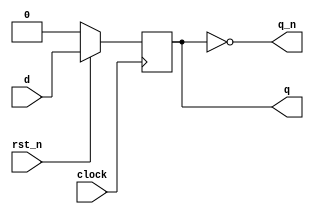
module dff (
  input clock, rst_n,
  input d,
  output reg q,
  output q_n
);

  always @( posedge clock )
    if( !rst_n )
      q <= 0;
    else
      q <= d;

  assign q_n = ~q;

endmodule

module lab8_seq_1101 (
  input clock, rst_n,
  input d_in,
  output found
);

  wire [3:0] q, q_n;

  dff d0 ( .rst_n( rst_n ), .clock( clock ), .d( d_in ), .q( q[0] ), .q_n( q_n[0] ) );
  dff d1 ( .rst_n( rst_n ), .clock( clock ), .d( q[0] ), .q( q[1] ), .q_n( q_n[1] ) );
  dff d2 ( .rst_n( rst_n ), .clock( clock ), .d( q[1] ), .q( q[2] ), .q_n( q_n[2] ) );
  dff d3 ( .rst_n( rst_n ), .clock( clock ), .d( q[2] ), .q( q[3] ), .q_n( q_n[3] ) );

  assign found = q[3] & q[2] & q_n[1] & q[0];

endmodule

module lab8_seq_101 (
  input clock, rst_n,
  input d_in,
  output found
);

  wire [1:0] q, q_n;
  wire [1:0] mux_in;

  // mux for the input to the regs
  assign mux_in[1] = found ? 0 : q[0];
  assign mux_in[0] = found ? 0 : d_in;

  dff d0 ( .rst_n( rst_n ), .clock( clock ), .d( mux_in[0] ), .q( q[0] ), .q_n( q_n[0] ) );
  dff d1 ( .rst_n( rst_n ), .clock( clock ), .d( mux_in[1] ), .q( q[1] ), .q_n( q_n[1] ) );

  assign found = q[1] & q_n[0] & d_in;

endmodule